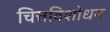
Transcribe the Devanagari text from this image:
चित्तविशोधन